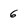
Character: 6